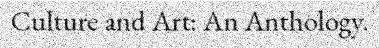
Culture and Art: An Anthology.